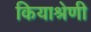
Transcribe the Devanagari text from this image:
कियाश्रेणी